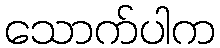
သောက်ပါက